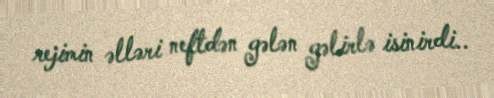
rejimin əlləri neftdən gələn gəlirlə isinirdi..